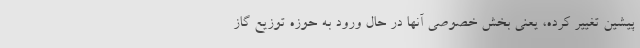
پیشین تغییر کرده، یعنی بخش خصوصی آنها در حال ورود به حوزه توزیع گاز